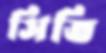
সিতি